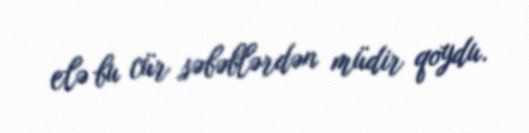
elə bu cür səbəblərdən müdir qoydu.